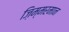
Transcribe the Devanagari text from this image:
ज़िम्मरमान